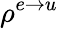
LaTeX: \rho^{e\to u}